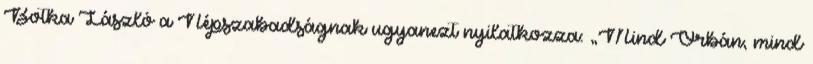
Botka László a Népszabadságnak ugyanezt nyilatkozza: „Mind Orbán, mind